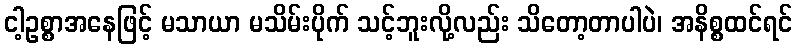
ငါ့ဥစ္စာအနေဖြင့် မသာယာ မသိမ်းပိုက် သင့်ဘူးလို့လည်း သိတော့တာပါပဲ၊ အနိစ္စထင်ရင်